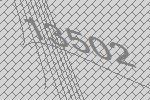
13502